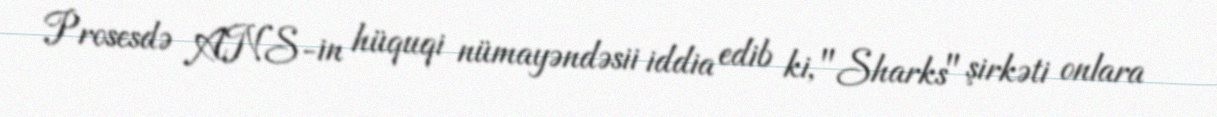
Prosesdə ANS-in hüquqi nümayəndəsii iddia edib ki, "Sharks" şirkəti onlara